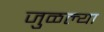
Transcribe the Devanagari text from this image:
जुळल्या